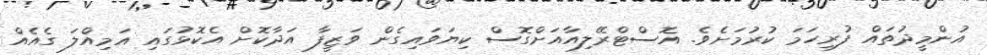
އުންމީދުތައް ފުރިހަމަ ކުރުމަށެވެ. އޮސްޓްރޭލިއާއަށްގޮސް ކިޔަވައިގެން ވަޒީފާ އަދާކޮށް އެކޮޅުގައި އަމިއްލަ ގެއެއް